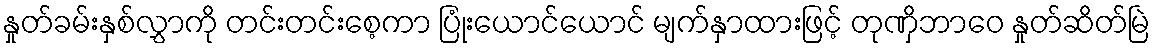
နှုတ်ခမ်းနှစ်လွှာကို တင်းတင်းစေ့ကာ ပြုံးယောင်ယောင် မျက်နှာထားဖြင့် တုဏှိဘာဝေ နှုတ်ဆိတ်မြဲ